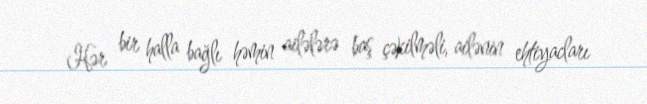
Hər bir halla bağlı həmin ailələrə baş çəkilməli, ailənin ehtiyacları